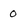
Character: 0